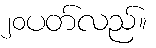
၂၀ပတ်လည်။